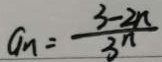
a _ { n } = \frac { 3 - 2 n } { 3 ^ { n } }